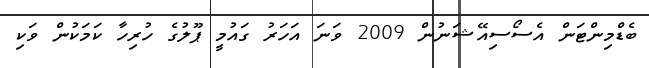
ބެޑްމިންޓަން އެސޯސިއޭޝަނުން 2009 ވަނަ އަހަރު ގައުމީ ޕޫލުގެ ހުރިހާ ކަމަކުން ވަކި